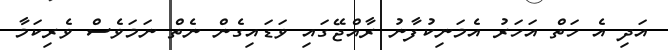
އަދި އެ ހަތް އަހަރު އެމަނިކުފާނު ރާއްޖޭގައި ވަޑައިގެން ނެތް ނަމަވެސް ވެރިކަމާ